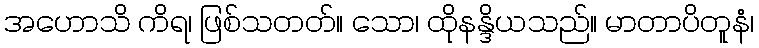
အဟောသိ ကိရ၊ ဖြစ်သတတ်။ သော၊ ထိုနန္ဒိယသည်။ မာတာပိတူနံ၊